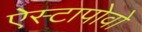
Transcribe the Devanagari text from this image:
ऐस्टापोवो